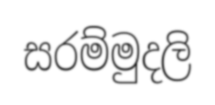
සරම්මුදලි